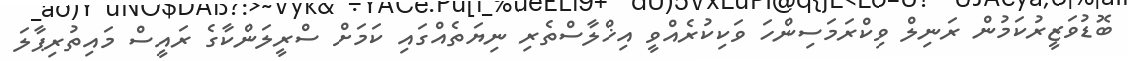
ބޮޑުވަޒީރުކަމުން ރަނިލް ވިކްރަމަސިންހަ ވަކިކުރެއްވީ އިޚްލާސްތެރި ނިޔަތެއްގައި ކަމަށް ސްރީލަންކާގެ ރައީސް މައިތުރިޕާލަ